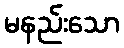
မနည်းသော